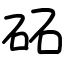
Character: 砳